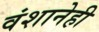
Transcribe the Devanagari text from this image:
वंशानेही